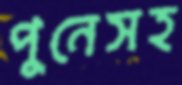
পুনেসহ